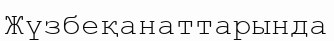
Жүзбеқанаттарында